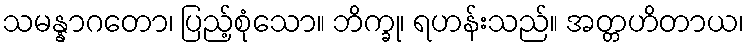
သမန္နာဂတော၊ ပြည့်စုံသော။ ဘိက္ခု၊ ရဟန်းသည်။ အတ္တဟိတာယ၊